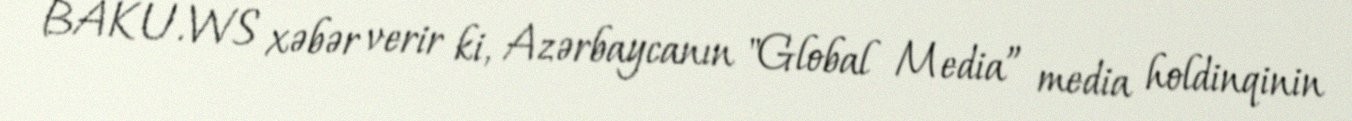
BAKU.WS xəbər verir ki, Azərbaycanın "Global Media” media holdinqinin